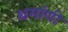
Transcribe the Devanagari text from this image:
धर्माणी